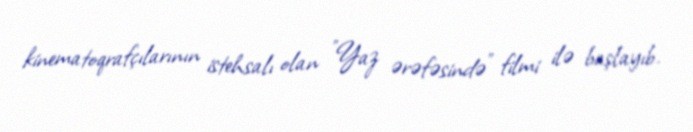
kinematoqrafçılarının istehsalı olan "Yaz ərəfəsində" filmi ilə başlayıb.